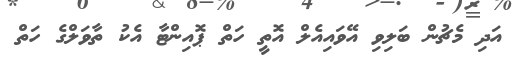
އަދި މެޗުން ބަލިވި އޭވައިއެލް އޮތީ ހަތް ޕޮއިންޓާ އެކު ތާވަލްގެ ހަތް